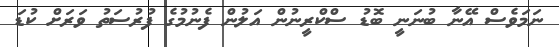
ނަމަވެސް އޭނާ ބުނަނީ ބޮޑު ސްކްރީނުން އަލުން ފެނުމުގެ ފުރުސަތު ވަރަށް ކުޑަ